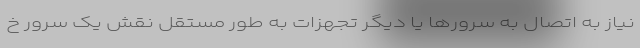
نیاز به اتصال به سرورها یا دیگر تجهزات به طور مستقل نقش یک سرور خ